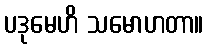
ပဒုမေဟိ သမောဟတာ။